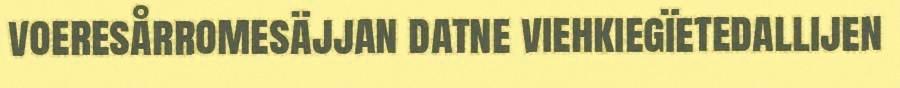
voeresårromesäjjan datne viehkiegïetedallijen